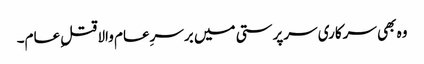
وہ بھی سرکاری سرپرستی میں برسرِعام والا قتلِ عام۔